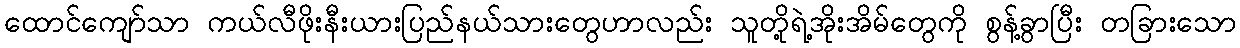
ထောင်ကျော်သာ ကယ်လီဖိုးနီးယားပြည်နယ်သားတွေဟာလည်း သူတို့ရဲ့အိုးအိမ်တွေကို စွန့်ခွာပြီး တခြားသော